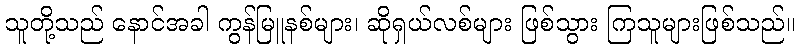
သူတို့သည် နောင်အခါ ကွန်မြူနစ်များ၊ ဆိုရှယ်လစ်များ ဖြစ်သွား ကြသူများဖြစ်သည်။